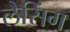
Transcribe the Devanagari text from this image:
लैसिंग